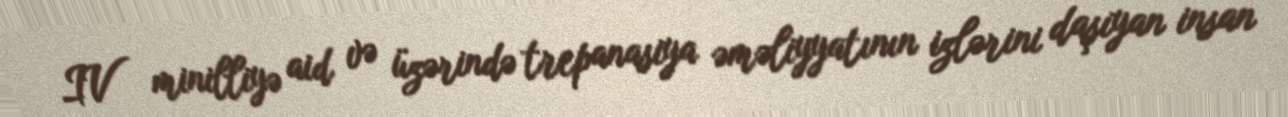
IV minilliyə aid və üzərində trepanasiya əməliyyatının izlərini daşıyan insan